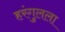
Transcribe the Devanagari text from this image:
हरंगुलला